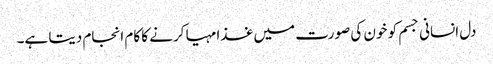
دل انسانی جسم کو خون کی صورت میں غذا مہیا کرنے کا کام انجام دیتا ہے۔